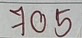
705